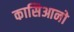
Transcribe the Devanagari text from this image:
कासिआनो